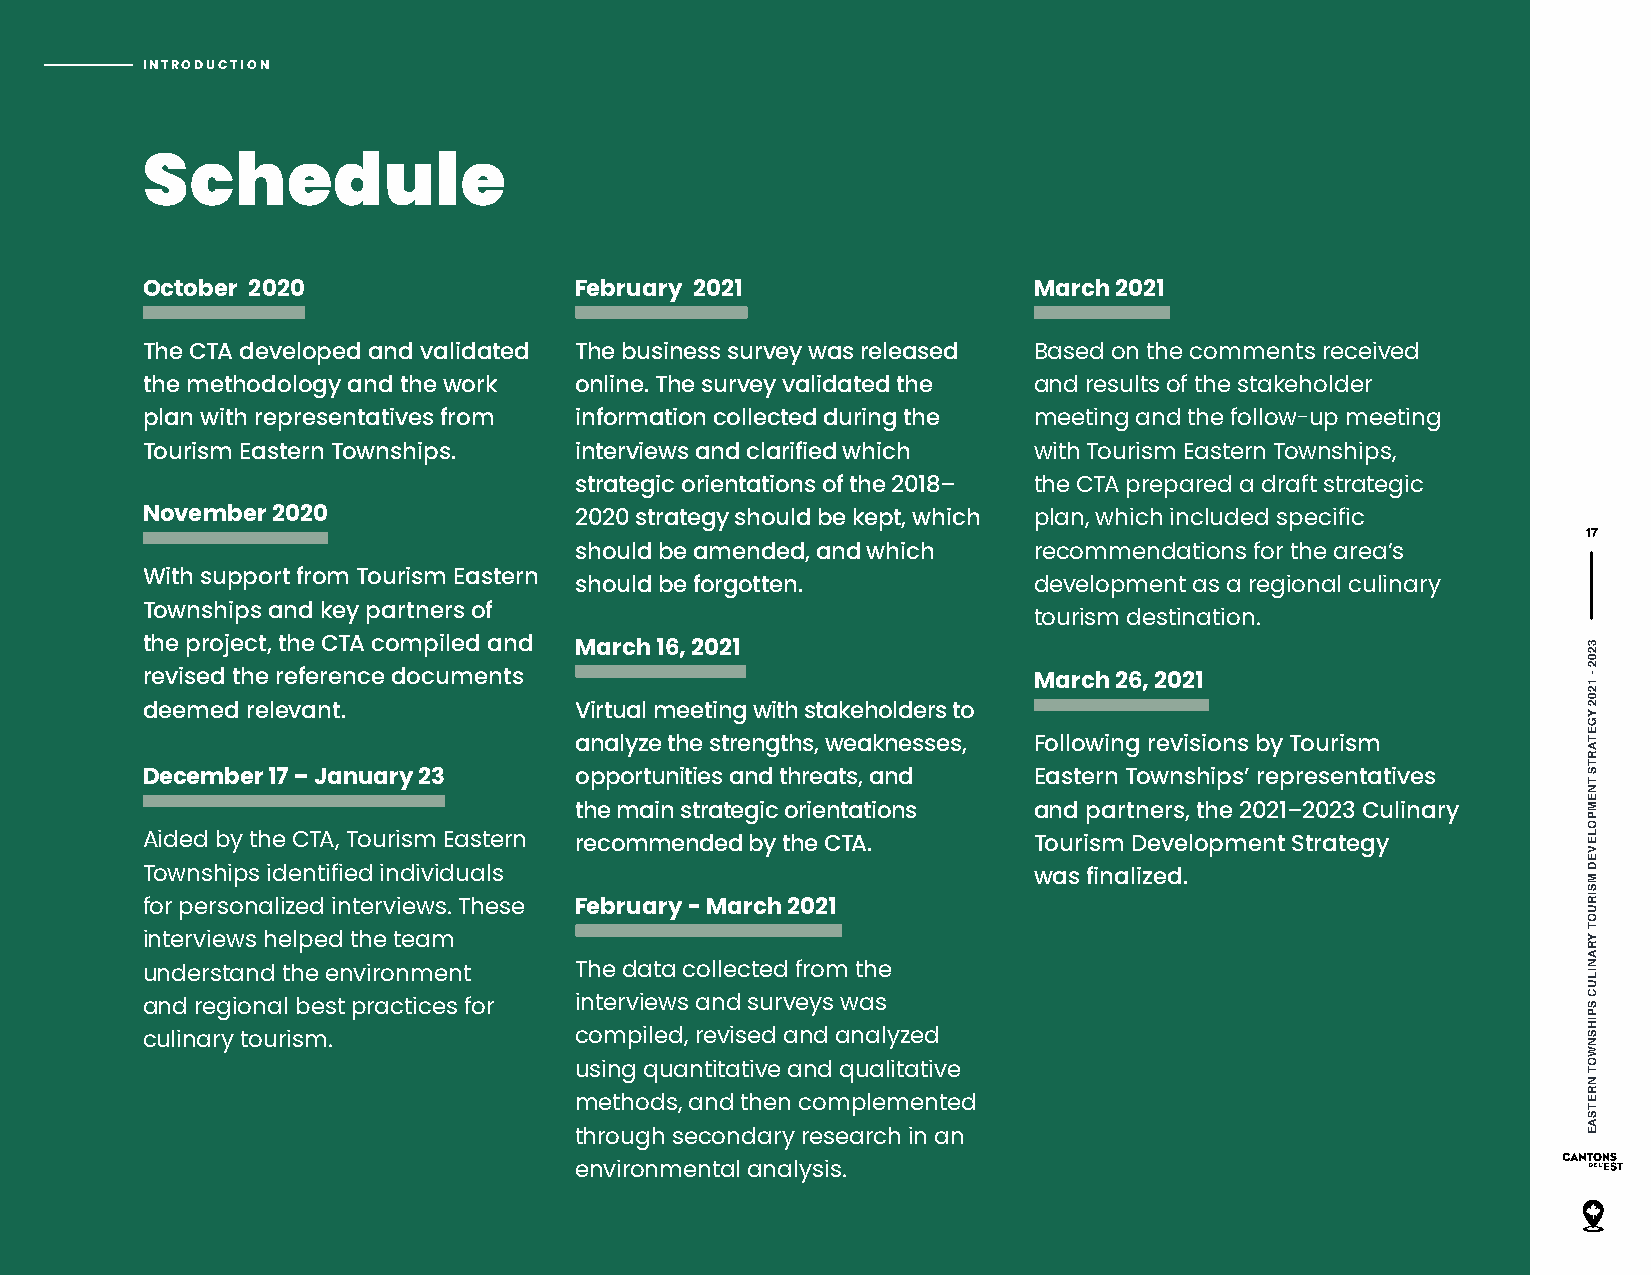
INTRODUCTION
 Schedule
 October 2020                 February 2021                 March 2021
 The CTA developed and validated The business survey was released Based on the comments received
 the methodology and the work online. The survey validated the and results of the stakeholder
 plan with representatives from information collected during the meeting and the follow-up meeting
 Tourism Eastern Townships.   interviews and clarified which with Tourism Eastern Townships,
 strategic orientations of the 2018– the CTA prepared a draft strategic
 November 2020                2020 strategy should be kept, which plan, which included specific
 17
 should be amended, and which  recommendations for the area’s
 With support from Tourism Eastern
 should be forgotten.          development as a regional culinary
 Townships and key partners of
 tourism destination.
 the project, the CTA compiled and March 16, 2021
 revised the reference documents                            March 26, 2021
 deemed relevant.             Virtual meeting with stakeholders to
 analyze the strengths, weaknesses, Following revisions by Tourism
 December 17 – January 23     opportunities and threats, and Eastern Townships’ representatives
 the main strategic orientations and partners, the 2021–2023 Culinary
 Aided by the CTA, Tourism Eastern recommended by the CTA.  Tourism Development Strategy
 Townships identified individuals                           was finalized.
 for personalized interviews. These February - March 2021
 interviews helped the team
 understand the environment   The data collected from the
 and regional best practices for interviews and surveys was
 culinary tourism.            compiled, revised and analyzed
 using quantitative and qualitative
 methods, and then complemented
 through secondary research in an
 environmental analysis.
 3202
 - 1202
 YGETARTS
 TNEMPOLEVED
 MSIRUOT
 YRANILUC
 SPIHSNWOT
 NRETSAE